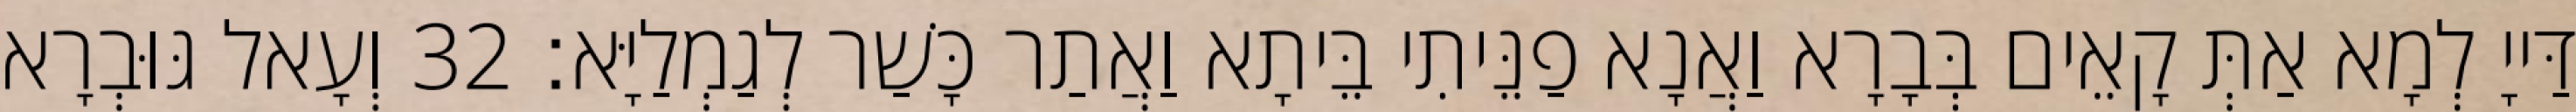
דַּייָ לְמָא אַתְּ קָאֵים בְּבָרָא וַאֲנָא פַנֵּיתִי בֵּיתָא וַאֲתַר כָּשַׁר לְגַמְלַיָּא׃ 32 וְעָאל גּוּבְרָא